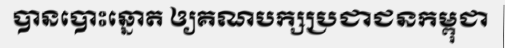
បានបោះឆ្នោត ឲ្យគណបក្សប្រជាជនកម្ពុជា